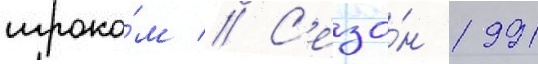
игроко́м // С'езо́н 1991